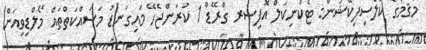
މަޤާމުގެ ކްލެސިފިކޭޝަން: ޓެކްނިކަލް އޮފިސަރ ގްރޭޑް 1 ކުރަންޖެހޭ މައިގަނޑު މަސައްކަތްތައް މޯލްޑިވިއަން